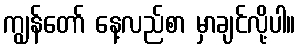
ကျွန်တော် နေ့လည်စာ မှာချင်လို့ပါ။